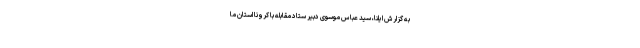
به گزارش ایلنا، سید عباس موسوی دبیر ستاد مقابله با کرونا استان ما